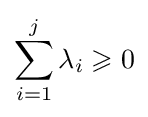
\sum _{i=1}^{j}\lambda _{i}\geqslant 0